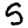
Digit: 5